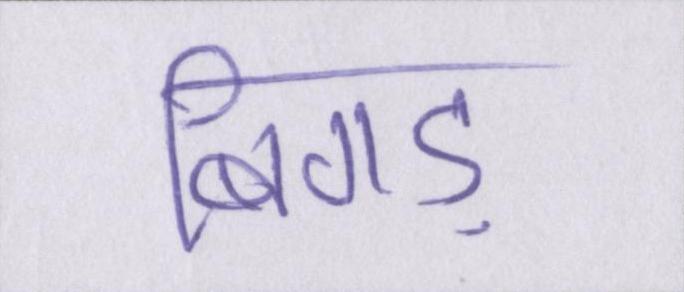
बिगड़